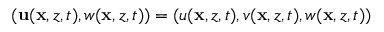
( \mathbf { u } ( \mathbf { x } , z , t ) , w ( \mathbf { x } , z , t ) ) = ( u ( \mathbf { x } , z , t ) , v ( \mathbf { x } , z , t ) , w ( \mathbf { x } , z , t ) )